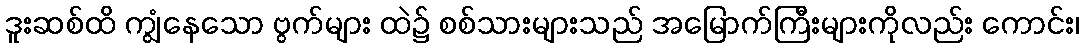
ဒူးဆစ်ထိ ကျွံနေသော ဗွက်များ ထဲ၌ စစ်သားများသည် အမြောက်ကြီးများကိုလည်း ကောင်း၊